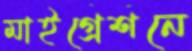
মাইগ্রেশনে